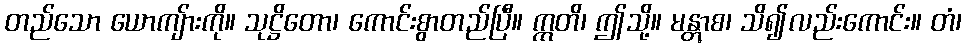
တည်သော ယောကျ်ားကို။ သုဋ္ဌိတော၊ ကောင်းစွာတည်ပြီ။ ဣတိ၊ ဤသို့။ မန္တွာစ၊ သိ၍လည်းကောင်း။ တံ၊